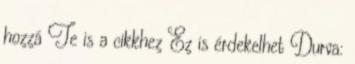
hozzá Te is a cikkhez Ez is érdekelhet Durva: